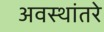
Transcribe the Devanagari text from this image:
अवस्थांतरे